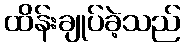
ထိန်းချုပ်ခဲ့သည်